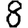
Digit: 8